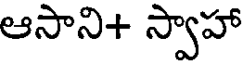
ఆసాని+ స్వాహా